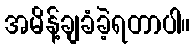
အမိန့်ချခံခဲ့ရတာပါ။